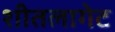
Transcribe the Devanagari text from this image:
शीतलागेट